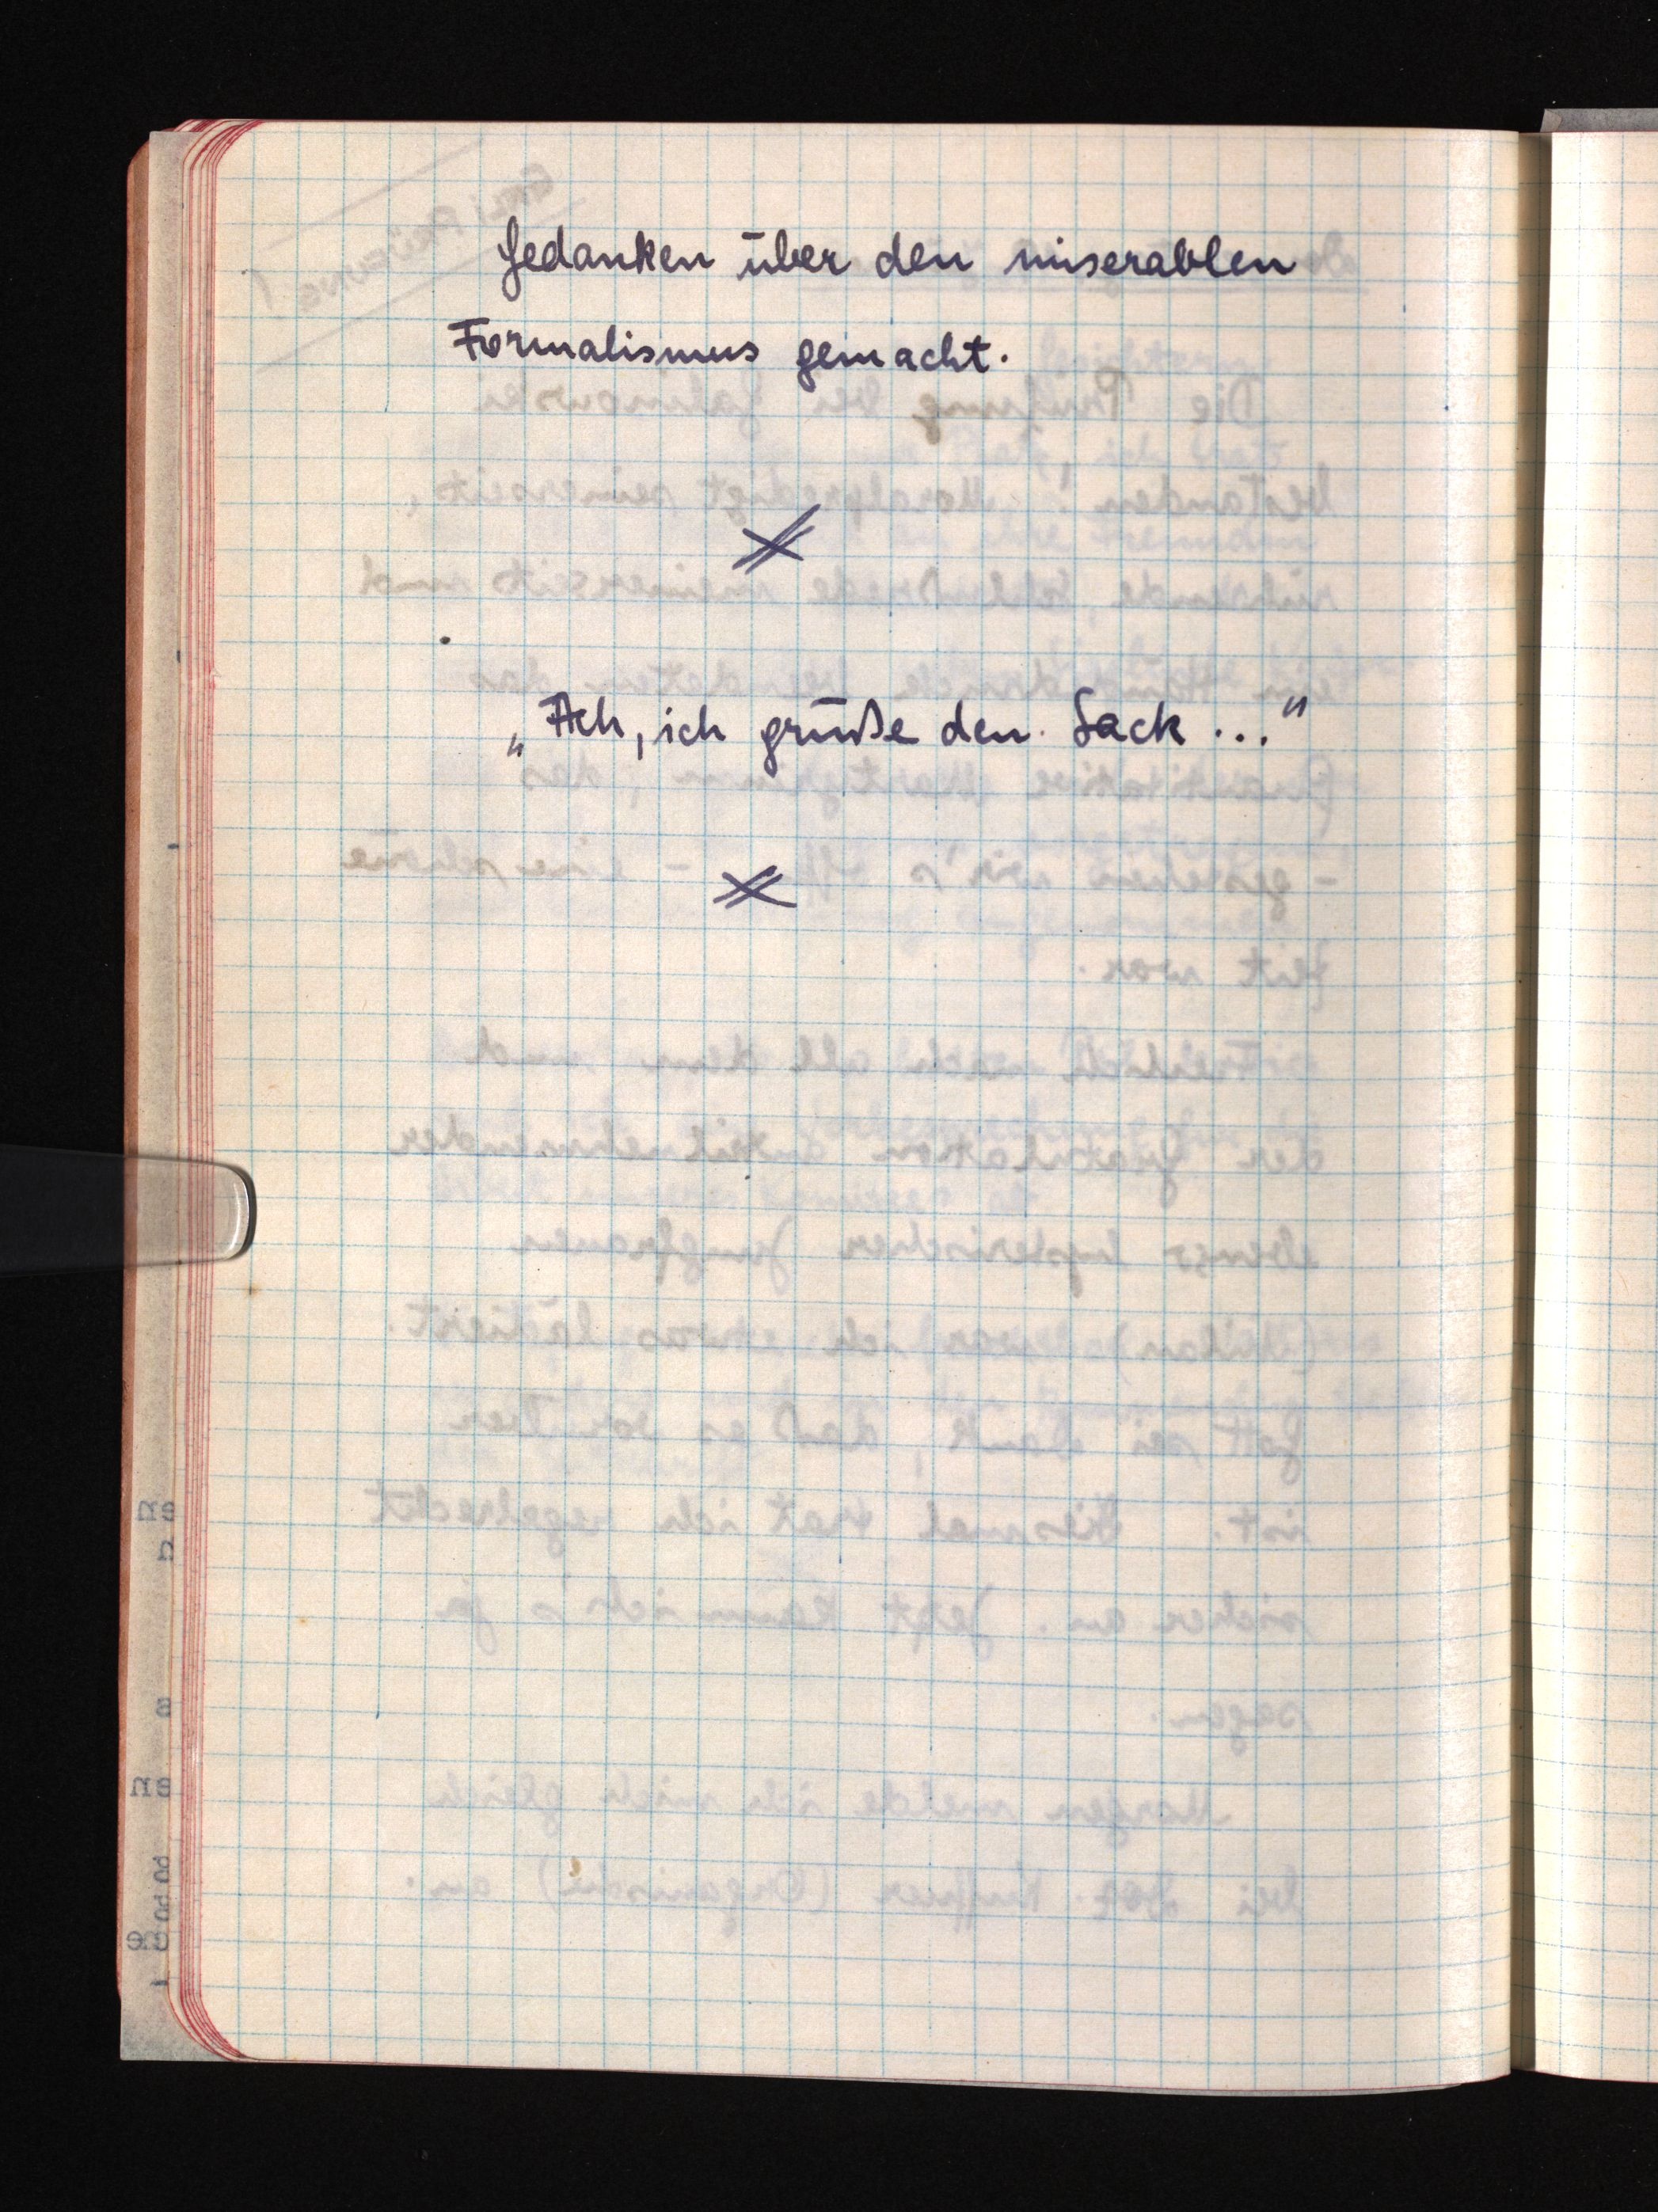
Gedanken über den miserablen
Formalismus gemacht.
"Ach, ich grüße den Sack ..."